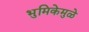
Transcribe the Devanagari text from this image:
भुमिकेमुळे